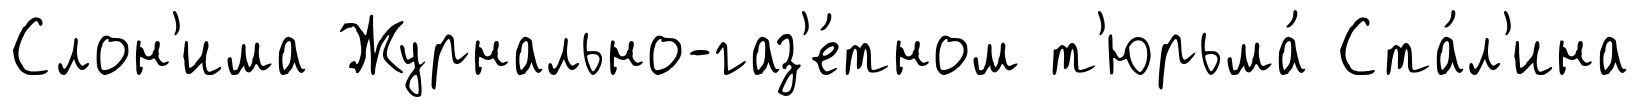
Слон'има Журнально-газ'е́тном т'юрьма́ Ста́л'ина